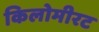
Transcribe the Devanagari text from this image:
किलोमीरट